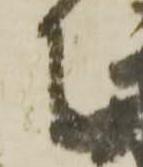
者